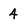
Character: 4